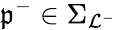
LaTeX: \mathfrak{p}^{-}\in\Sigma_{\mathcal{L}^{-}}